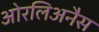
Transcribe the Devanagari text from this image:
ओरलिअनैस